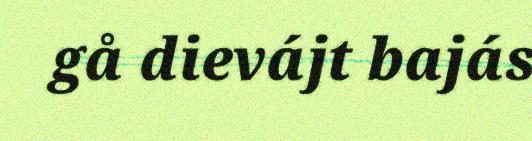
gå dievájt bajás